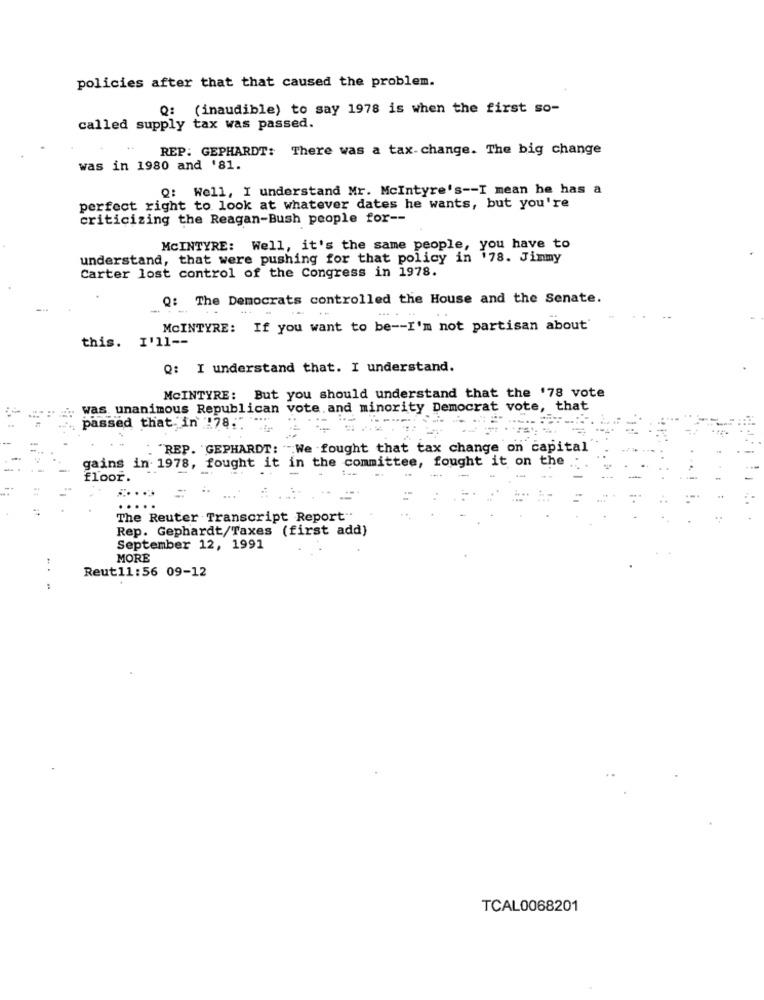
policies after that that caused the problem.
Q: (inaudible) to say 1978 is when the first so-
called supply tax was passed.
REP: GEPHARDT: There was a tax-change. The big change
was in 1980 and '81.
Q: Well, I understand Mr. Mcintyre's -- I mean he has a
perfect right to look at whatever dates he wants, but you're
criticizing the Reagan-Bush people for --
MCINTYRE: Well, it's the same people, you have to
understand, that were pushing for that policy in '78. Jimmy
Carter lost control of the Congress in 1978.
Q: The Democrats controlled the House and the Senate.
MCINTYRE: If you want to be -- I'm not partisan about'
this. I'll --
Q: I understand that. I understand.
MCINTYRE: But you should understand that the '78 vote
. was unanimous Republican vote and minority Democrat vote, that
passed that. in 178." "-
"REP. GEPHARDT: "We fought that tax change on capital
fought it on the
gains in 1978, fought it in the committee,
floor.
The Reuter Transcript Report".
Rep. Gephardt/Taxes (first add)
September 12, 1991
MORE
.. .
Reut11:56 09-12
TCAL0068201